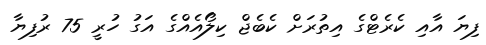
ފިޔަ އާއި ކެރެޓްގެ އިތުރަށް ކެބެޖް ކިލޯއެއްގެ އަގު ހުރީ 75 ރުފިޔާ